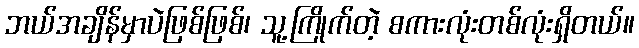
ဘယ်အချိန်မှာပဲဖြစ်ဖြစ်၊ သူ့ကြိုက်တဲ့ စကားလုံးတစ်လုံးရှိတယ်။